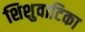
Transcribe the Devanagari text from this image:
शिशुवाटिका